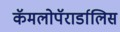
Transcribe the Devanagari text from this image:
कॅमलोपॅरार्डालिस